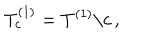
LaTeX: T _ { c } ^ { ( 1 ) } = T ^ { ( 1 ) } \backslash c \, ,